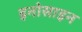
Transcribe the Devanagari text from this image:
इनोसाइन